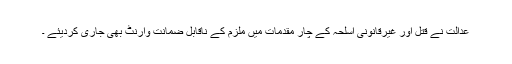
عدالت نے قتل اور غیرقانونی اسلحہ کے چار مقدمات میں ملزم کے ناقابل ضمانت وارنٹ بھی جاری کردیئے ۔